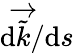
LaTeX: \mathrm{d}\overrightarrow{\tilde{k}}/\mathrm{d}s